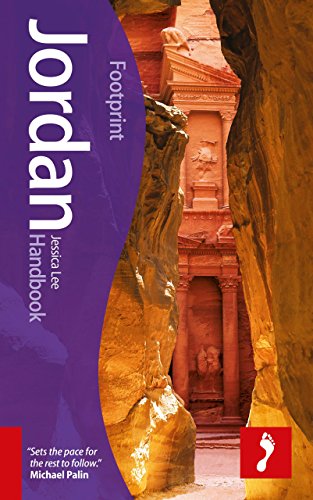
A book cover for Jordan Handbook (Footprint - Handbooks); Jessica Lee; Travel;